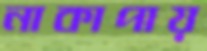
নাকাপায়